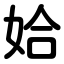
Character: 姶